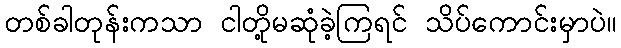
တစ်ခါတုန်းကသာ ငါတို့မဆုံခဲ့ကြရင် သိပ်ကောင်းမှာပဲ။